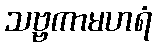
သဗ္ဗကာမဟရံ